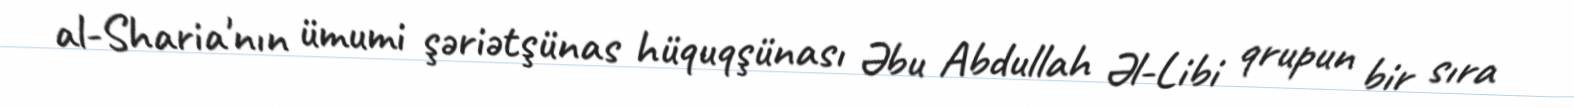
al-Sharia'nın ümumi şəriətşünas hüquqşünası Əbu Abdullah Əl-Libi qrupun bir sıra